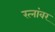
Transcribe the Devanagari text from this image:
रत्‍नांवर